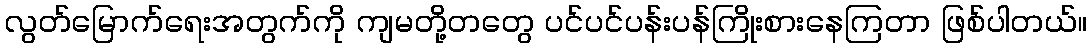
လွတ်မြောက်ရေးအတွက်ကို ကျမတို့တတွေ ပင်ပင်ပန်းပန်ကြိုးစားနေကြတာ ဖြစ်ပါတယ်။